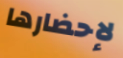
لإحضارها